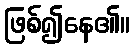
ဖြစ်၍နေ၏။